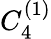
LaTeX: {C}_{4}^{(1)}